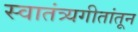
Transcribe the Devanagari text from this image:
स्वातंत्र्यगीतांतून